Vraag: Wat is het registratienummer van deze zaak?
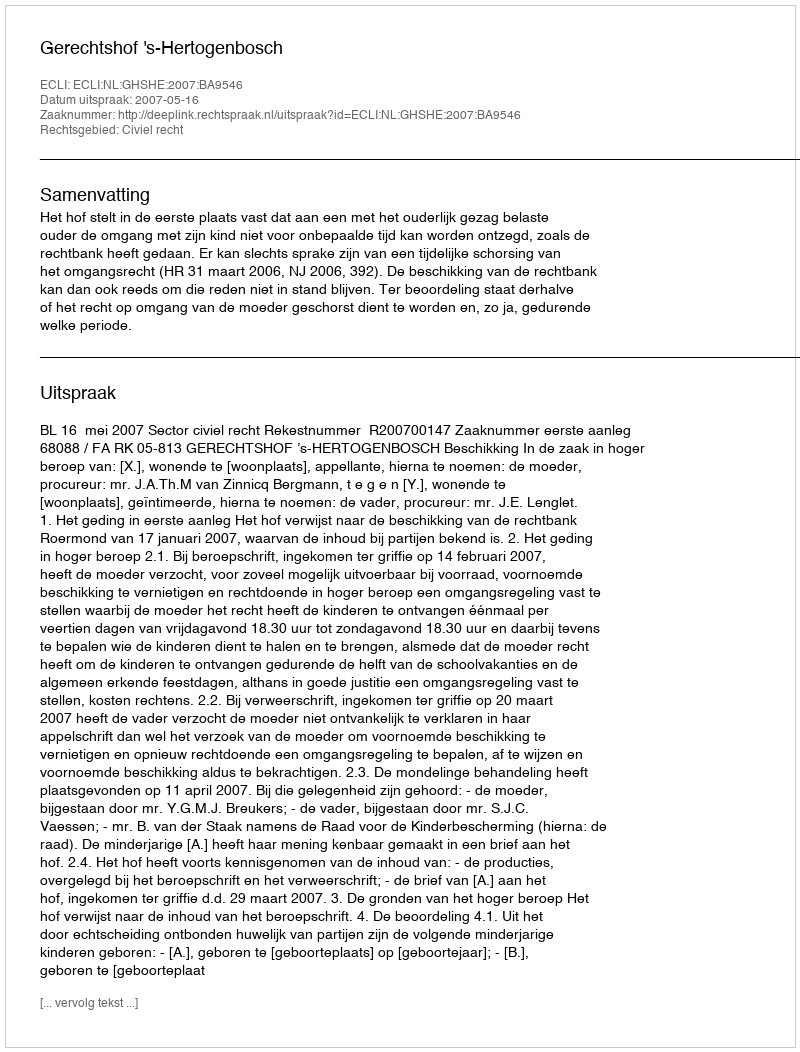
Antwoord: http://deeplink.rechtspraak.nl/uitspraak?id=ECLI:NL:GHSHE:2007:BA9546